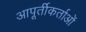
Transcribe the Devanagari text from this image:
आपूर्तीकर्ताओं